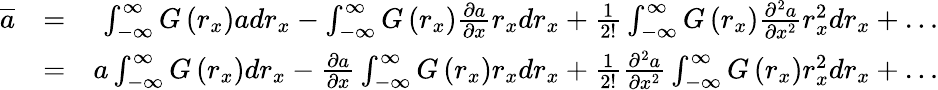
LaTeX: \begin{array}{rlr}{\overline{{{a}}}}&{=}&{\int_{-\infty}^{\infty}G\left(r_{x}\right)adr_{x}-\int_{-\infty}^{\infty}G\left(r_{x}\right)\frac{\partial a}{\partial x}r_{x}dr_{x}+\frac{1}{2!}\int_{-\infty}^{\infty}G\left(r_{x}\right)\frac{\partial^{2}a}{\partial x^{2}}r_{x}^{2}dr_{x}+\dots}\\ &{=}&{a\int_{-\infty}^{\infty}G\left(r_{x}\right)dr_{x}-\frac{\partial a}{\partial x}\int_{-\infty}^{\infty}G\left(r_{x}\right)r_{x}dr_{x}+\frac{1}{2!}\frac{\partial^{2}a}{\partial x^{2}}\int_{-\infty}^{\infty}G\left(r_{x}\right)r_{x}^{2}dr_{x}+\dots}\end{array}